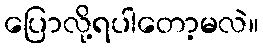
ပြောလို့ရပါတော့မလဲ။